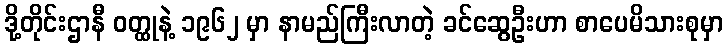
ဒို့တိုင်းဌာနီ ဝတ္ထုနဲ့ ၁၉၆၂ မှာ နာမည်ကြီးလာတဲ့ ခင်ဆွေဦးဟာ စာပေမိသားစုမှာ